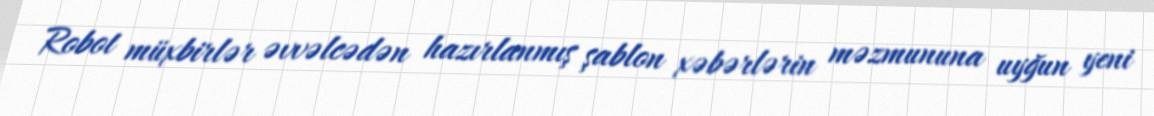
Robot müxbirlər əvvəlcədən hazırlanmış şablon xəbərlərin məzmununa uyğun yeni